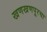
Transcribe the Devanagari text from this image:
खणखणपूरचा